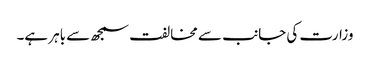
وزارت کی جانب سے مخالفت سمجھ سے باہر ہے۔